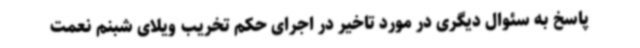
پاسخ به سئوال دیگری در مورد تاخیر در اجرای حکم تخریب ویلای شبنم نعمت